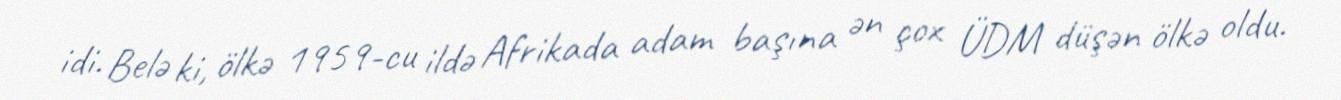
idi. Belə ki, ölkə 1959-cu ildə Afrikada adam başına ən çox ÜDM düşən ölkə oldu.